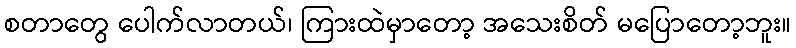
စတာတွေ ပေါက်လာတယ်၊ ကြားထဲမှာတော့ အသေးစိတ် မပြောတော့ဘူး။